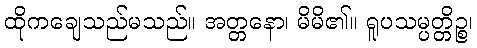
ထိုကချေသည်မသည်။ အတ္တနော၊ မိမိ၏။ ရူပသမ္ပတ္တိဉ္စ၊